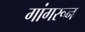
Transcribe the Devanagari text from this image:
गांगरून